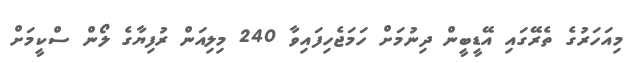
މިއަހަރުގެ ތެރޭގައި އޭޑީބީން ދިނުމަށް ހަމަޖެހިފައިވާ 240 މިލިއަން ރުފިޔާގެ ލޯން ސްކީމަށް